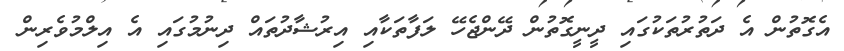
އެގޮތުން އެ ދަތުރުތަކުގައި ދީނީގޮތުން ދޭންޖެހޭ ލަފާތަކާއި އިރުޝާދުތައް ދިނުމުގައި އެ އިލްމުވެރިން